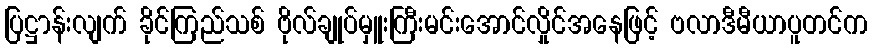
ပြဋ္ဌာန်းလျက် ခိုင်ကြည်သစ် ဗိုလ်ချုပ်မှူးကြီးမင်းအောင်လှိုင်အနေဖြင့် ဗလာဒီမီယာပူတင်က